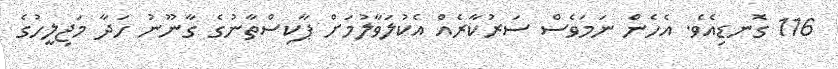
116 ގޮނޑިއެވެ. އެހެން ނަމަވެސް ސަރުކާރެއް އެކުލަވާލުމަށް ޕާކިސްތާނުގެ ގާނޫނު ހަދާ މަޖިލީހުގެ